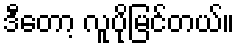
ဒီတော့ လူပိုမြင်တယ်။